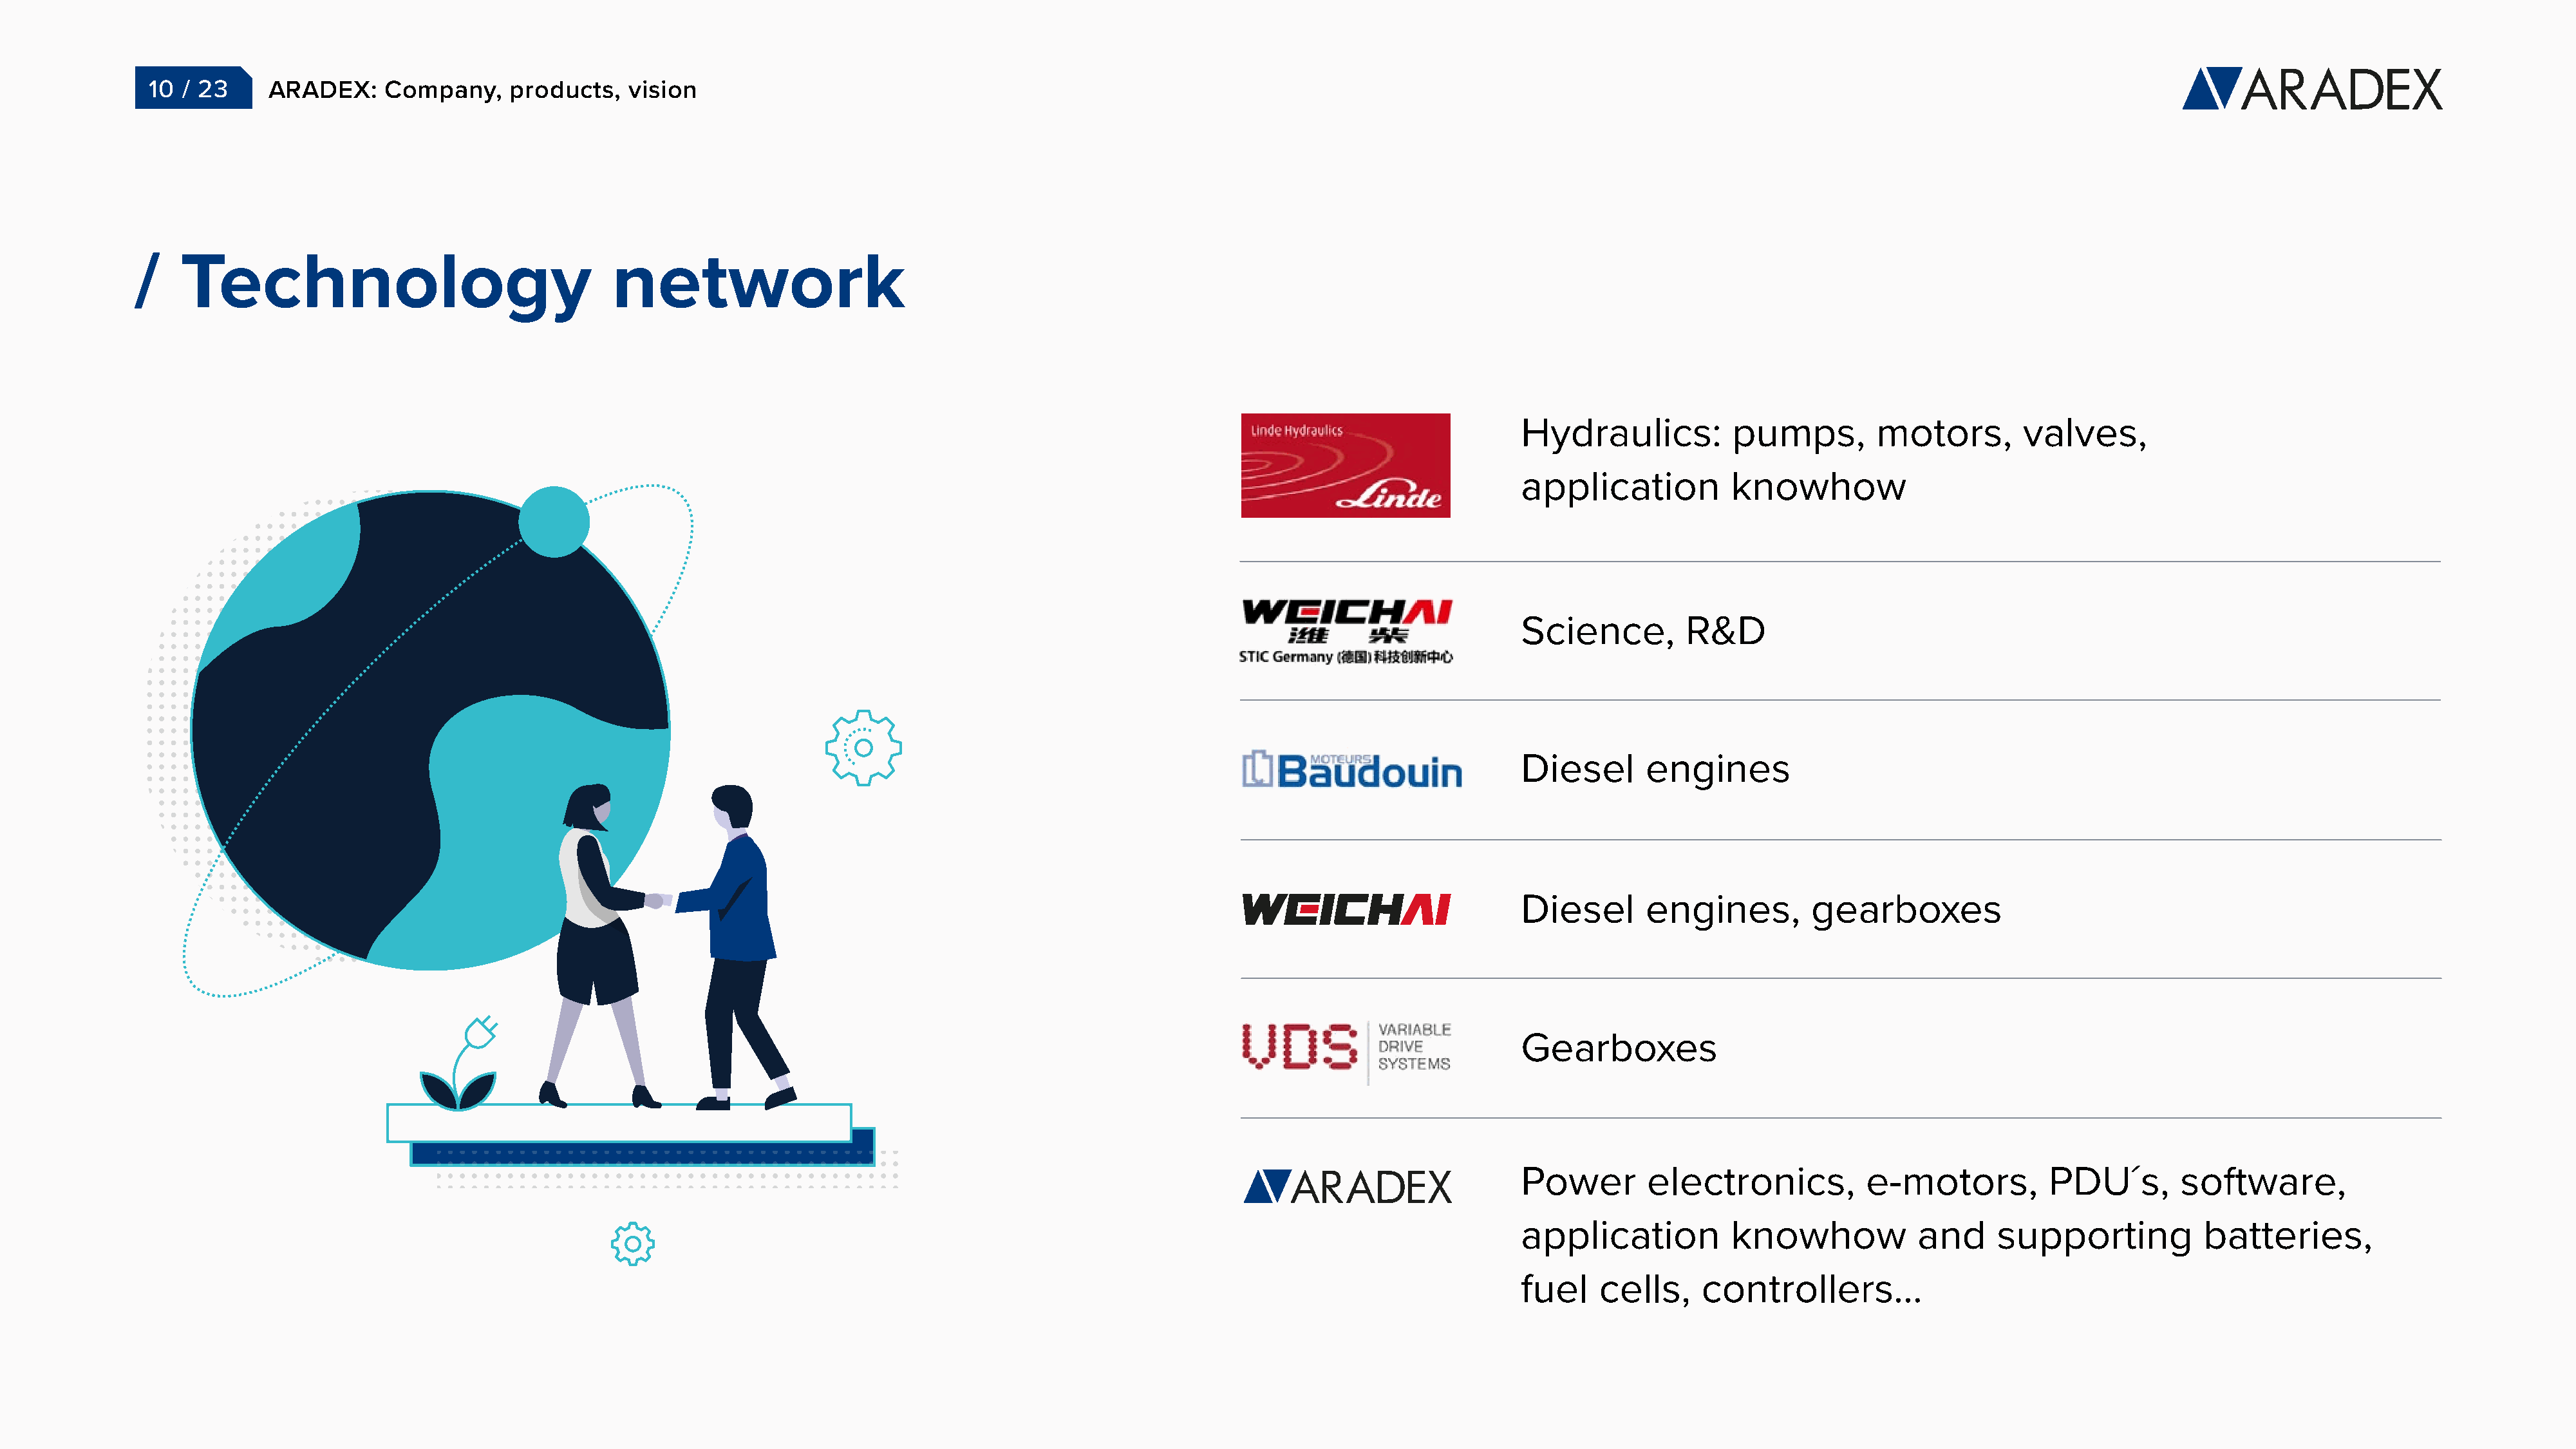
10  / 23     ARADEX:     Company,    products,    vision
 /    Technology                                  network
 Hydraulics:           pumps,         motors,        valves,
 application           knowhow
 Science,         R&D
 Diesel       engines
 Diesel       engines,         gearboxes
 Gearboxes
 Power        electronics,           e-motors,          PDU´s,       software,
 application           knowhow            and     supporting            batteries,
 fuel    cells,     controllers...